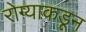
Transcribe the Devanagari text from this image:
रोग्याकडून